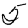
Digit: 5